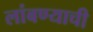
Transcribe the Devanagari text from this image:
लांबण्याची